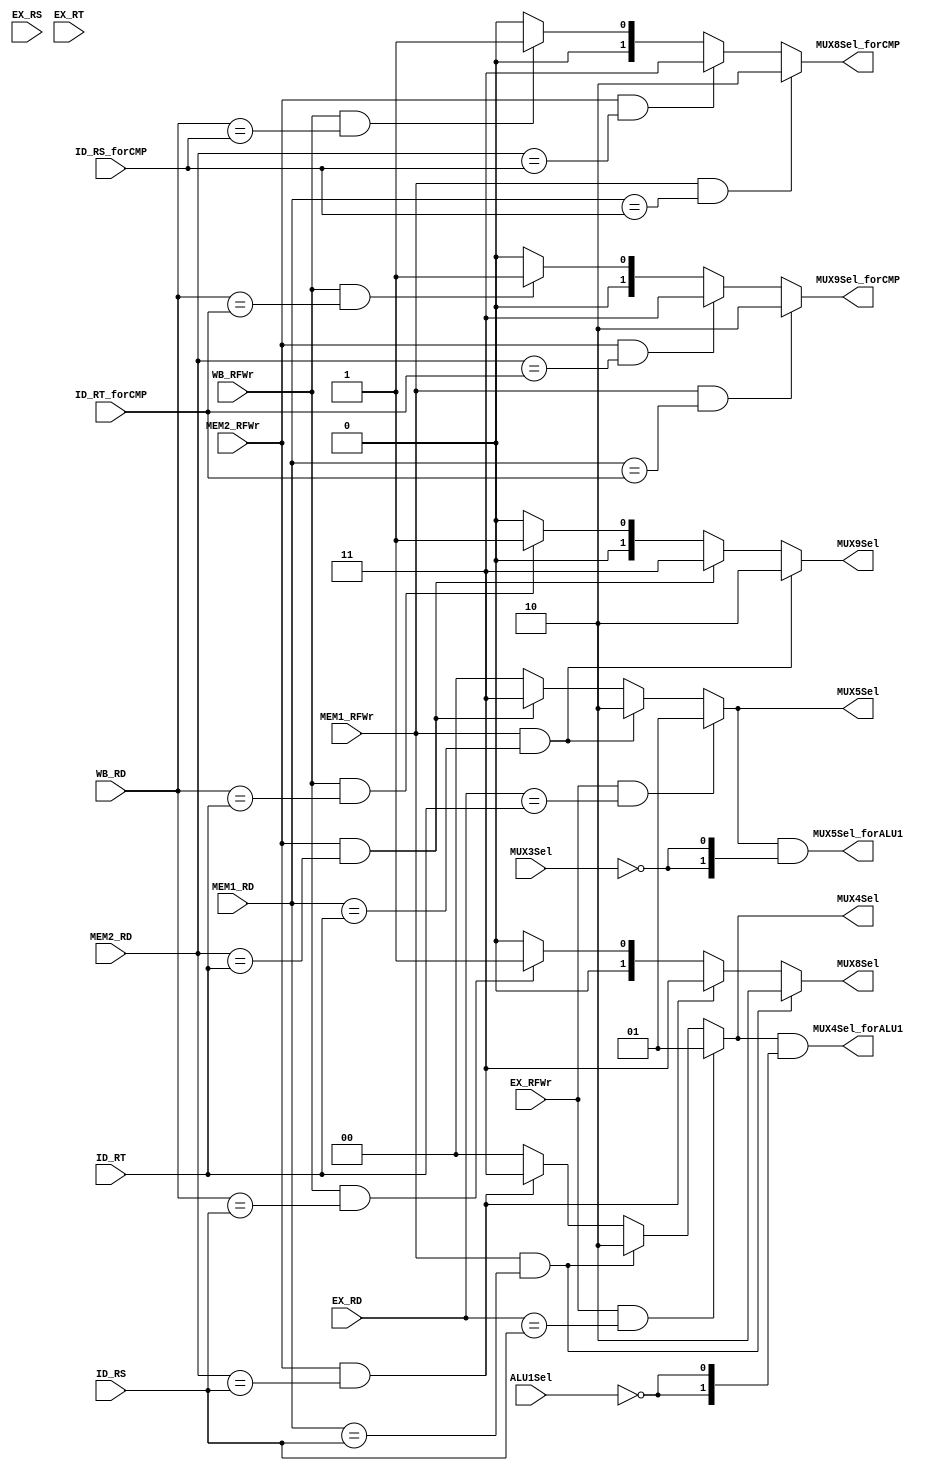
module bypass(
	EX_RS, EX_RT, ID_RS, ID_RT, 
	MEM1_RD, MEM2_RD, EX_RD, WB_RD,
	MEM1_RFWr, MEM2_RFWr, EX_RFWr, WB_RFWr,
	ALU1Sel, MUX3Sel, ID_RS_forCMP, ID_RT_forCMP,
	
	MUX4Sel, MUX5Sel, MUX4Sel_forALU1, MUX5Sel_forALU1,
	MUX8Sel, MUX9Sel, MUX8Sel_forCMP, MUX9Sel_forCMP
	);
	input MEM1_RFWr, MEM2_RFWr, EX_RFWr, WB_RFWr;
	input[4:0] ID_RS, ID_RT, EX_RS, EX_RT, MEM1_RD, MEM2_RD, EX_RD, WB_RD;
	input ALU1Sel, MUX3Sel;
	input[4:0] ID_RS_forCMP, ID_RT_forCMP;

	output reg[1:0] MUX4Sel, MUX5Sel;
	output[1:0] MUX4Sel_forALU1, MUX5Sel_forALU1;
	output reg[1:0] MUX8Sel, MUX9Sel;
	output reg[1:0] MUX8Sel_forCMP, MUX9Sel_forCMP;


	always@(EX_RFWr, MEM1_RFWr, MEM2_RFWr, ID_RS, MEM1_RD, MEM2_RD, EX_RD)
		if(EX_RFWr && (EX_RD == ID_RS))
			MUX4Sel = 2'b01;		//EX->ID/MEM1->EX for RS
		else if (MEM1_RFWr && (MEM1_RD == ID_RS))
			MUX4Sel = 2'b10;		//MEM1->ID/MEM2->EX for RS
		else if(MEM2_RFWr && (MEM2_RD == ID_RS))
			MUX4Sel = 2'b11;		//MEM2->ID/WB->EX for RS
		else
			MUX4Sel = 2'b00;		//NO bypass for RS

 	always@(EX_RFWr, MEM1_RFWr, MEM2_RFWr, ID_RT, MEM1_RD, MEM2_RD, EX_RD)
	 	if(EX_RFWr && (EX_RD == ID_RT))
			MUX5Sel = 2'b01;		//EX->ID/MEM1->EX for RT
		else if (MEM1_RFWr && (MEM1_RD == ID_RT))
			MUX5Sel = 2'b10;		//MEM1->ID/MEM2->EX for RT
		else if(MEM2_RFWr && (MEM2_RD == ID_RT))
			MUX5Sel = 2'b11;		//MEM2->ID/WB->EX for RT
		else
			MUX5Sel = 2'b00;		//NO bypass for RT

	always@(WB_RFWr, MEM1_RFWr, MEM2_RFWr, ID_RS, MEM1_RD, MEM2_RD, WB_RD)
		if (MEM1_RFWr && (MEM1_RD == ID_RS))
			MUX8Sel = 2'b10;		//MEM1->ID for RS
		else if(MEM2_RFWr && (MEM2_RD == ID_RS))
			MUX8Sel = 2'b11;		//MEM2->ID for RS
		else if(WB_RFWr && (WB_RD == ID_RS))
			MUX8Sel = 2'b01;		//WB->ID for RS
		else
			MUX8Sel = 2'b00;		//NO bypass for RS

 	always@(WB_RFWr, MEM1_RFWr, MEM2_RFWr, ID_RT, MEM1_RD, MEM2_RD, WB_RD)
		if (MEM1_RFWr && (MEM1_RD == ID_RT))
			MUX9Sel = 2'b10;		//MEM1->ID for RT
		else if(MEM2_RFWr && (MEM2_RD == ID_RT))
			MUX9Sel = 2'b11;		//MEM2->ID for RT
		else if(WB_RFWr && (WB_RD == ID_RT))
			MUX9Sel = 2'b01;		//WB->ID for RT
		else
			MUX9Sel = 2'b00;		//NO bypass for RT

	assign MUX4Sel_forALU1 = MUX4Sel & {2{~ALU1Sel}};
	assign MUX5Sel_forALU1 = MUX5Sel & {2{~MUX3Sel}};

	always@(WB_RFWr, MEM1_RFWr, MEM2_RFWr, ID_RS_forCMP, MEM1_RD, MEM2_RD, WB_RD)
		if (MEM1_RFWr && (MEM1_RD == ID_RS_forCMP))
			MUX8Sel_forCMP = 2'b10;		//MEM1->ID for RS
		else if(MEM2_RFWr && (MEM2_RD == ID_RS_forCMP))
			MUX8Sel_forCMP = 2'b11;		//MEM2->ID for RS
		else if(WB_RFWr && (WB_RD == ID_RS_forCMP))
			MUX8Sel_forCMP = 2'b01;		//WB->ID for RS
		else
			MUX8Sel_forCMP = 2'b00;		//NO bypass for RS

	always@(WB_RFWr, MEM1_RFWr, MEM2_RFWr, ID_RT_forCMP, MEM1_RD, MEM2_RD, WB_RD)
		if (MEM1_RFWr && (MEM1_RD == ID_RT_forCMP))
			MUX9Sel_forCMP = 2'b10;		//MEM1->ID for RT
		else if(MEM2_RFWr && (MEM2_RD == ID_RT_forCMP))
			MUX9Sel_forCMP = 2'b11;		//MEM2->ID for RT
		else if(WB_RFWr && (WB_RD == ID_RT_forCMP))
			MUX9Sel_forCMP = 2'b01;		//WB->ID for RT
		else
			MUX9Sel_forCMP = 2'b00;		//NO bypass for RT


endmodule

module stall(
	EX_RT, MEM1_RT, MEM2_RT, ID_RS, ID_RT,
	EX_DMRd, MEM1_DMRd, MEM2_DMRd, 
	BJOp, EX_RFWr,EX_CP0Rd, MEM1_CP0Rd,
	MEM1_ex, MEM1_RFWr, MEM2_RFWr,
	MEM1_eret_flush,isbusy, RHL_visit,
	iCache_data_ok,dCache_data_ok, MEM2_dCache_en,MEM_dCache_addr_ok,
    MEM1_cache_sel,MEM1_dCache_en, MEM1_dcache_valid_except_icache,

	PCWr, IF_IDWr, MUX7Sel,isStall, data_ok,
	dcache_stall, icache_stall_1, ID_EXWr, EX_MEM1Wr, MEM1_MEM2Wr, MEM2_WBWr, PF_IFWr
	);
	input[4:0] EX_RT, MEM1_RT,MEM2_RT, ID_RS, ID_RT;
	input EX_DMRd, MEM1_DMRd, MEM2_DMRd, BJOp, EX_RFWr, MEM1_RFWr, MEM2_RFWr;
	input EX_CP0Rd, MEM1_CP0Rd, MEM1_ex, MEM1_eret_flush;
	input isbusy, RHL_visit;
	input iCache_data_ok;
	input dCache_data_ok;
	input MEM2_dCache_en;
	input MEM1_cache_sel;
	input MEM_dCache_addr_ok;
	input MEM1_dCache_en;
	input MEM1_dcache_valid_except_icache;

	output reg PCWr, IF_IDWr, MUX7Sel;
	output isStall;
	output dcache_stall, icache_stall_1;
	output reg ID_EXWr,EX_MEM1Wr,MEM1_MEM2Wr,MEM2_WBWr;
	output reg PF_IFWr;
	output data_ok;

	wire stall_0, stall_1,stall_2;
	wire data_stall;
	

	assign stall_0 = (EX_DMRd | EX_CP0Rd | BJOp) & ((EX_RT == ID_RS) | (EX_RT == ID_RT) ) & EX_RFWr;
	assign stall_1 = (MEM1_DMRd | MEM1_CP0Rd) & ((MEM1_RT == ID_RS) | (MEM1_RT == ID_RT) ) & MEM1_RFWr;
	assign stall_2 = (BJOp & MEM2_DMRd) & ((MEM2_RT == ID_RS) | (MEM2_RT == ID_RT)) & MEM2_RFWr;

	assign data_stall = stall_0|stall_1|stall_2;
	assign data_ok = dCache_data_ok ;

	assign dcache_stall = ( ~dCache_data_ok | ~iCache_data_ok);
	assign isStall=(~(MEM1_ex | MEM1_eret_flush))&(dcache_stall | (isbusy & RHL_visit) | data_stall);
	//assign isStall = ~PCWr;

	assign icache_stall_1 = ~dCache_data_ok | (isbusy & RHL_visit) | data_stall ;


	always@(data_stall,MEM1_ex, MEM1_eret_flush, isbusy, RHL_visit, dcache_stall,data_ok)
	    if(MEM1_ex | MEM1_eret_flush) begin
			PCWr = 1'b1;
			PF_IFWr = 1'b1;
			IF_IDWr = 1'b1;
			ID_EXWr = 1'b1;
			EX_MEM1Wr =1'b1;
			MEM1_MEM2Wr = data_ok;
			MEM2_WBWr = data_ok;
			MUX7Sel = 1'b0;
		end
		else if(dcache_stall) begin
			PCWr = 1'b0;
			PF_IFWr = 1'b0;
			IF_IDWr = 1'b0;
			ID_EXWr = 1'b0;
			EX_MEM1Wr =1'b0;
			MEM1_MEM2Wr = 1'b0;
			MEM2_WBWr = 1'b0;
			MUX7Sel = 1'b1;
		end
		else if(isbusy & RHL_visit) begin
			PCWr = 1'b0;
			PF_IFWr = 1'b0;
			IF_IDWr = 1'b0;
			ID_EXWr = 1'b1;
			EX_MEM1Wr =1'b1;
			MEM1_MEM2Wr = 1'b1;
			MEM2_WBWr = 1'b1;
			MUX7Sel = 1'b1;
		end
		else if(data_stall) begin
			PCWr = 1'b0;
			PF_IFWr = 1'b0;
			IF_IDWr = 1'b0;
			ID_EXWr = 1'b1;
			EX_MEM1Wr =1'b1;
			MEM1_MEM2Wr = 1'b1;
			MEM2_WBWr = 1'b1;
			MUX7Sel = 1'b1;
		end
		else begin
			PCWr = 1'b1;
			PF_IFWr = 1'b1;
			IF_IDWr = 1'b1;
			ID_EXWr = 1'b1;
			EX_MEM1Wr =1'b1;
			MEM1_MEM2Wr = 1'b1;
			MEM2_WBWr = 1'b1;
			MUX7Sel = 1'b0;
		end

endmodule